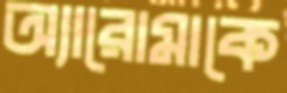
অ্যারোমাকে